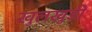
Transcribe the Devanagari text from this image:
खुलखुडी